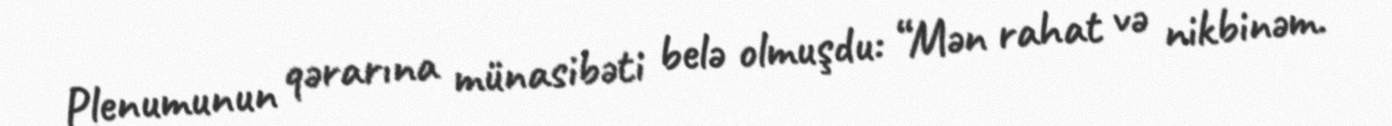
Plenumunun qərarına münasibəti belə olmuşdu: “Mən rahat və nikbinəm.